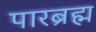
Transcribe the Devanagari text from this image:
पारब्रह्म